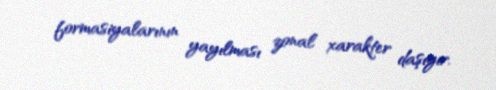
formasiyalarının yayılması zonal xarakter daşıyır.